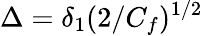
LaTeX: \Delta=\delta_{1}(2/C_{f})^{1/2}